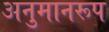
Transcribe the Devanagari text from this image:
अनुमानरूप